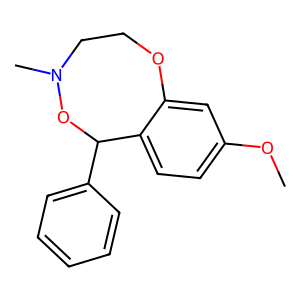
SMILES: COc1ccc2c(c1)OCCN(C)OC2c1ccccc1
Inhibits HIV replication: No